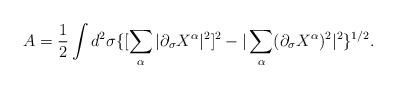
LaTeX: \begin{align*}A=\frac{1}{2}\int d^2\sigma \{[\sum_{\alpha}|\partial_{\sigma}X^{\alpha}|^2]^2-|\sum_{\alpha}(\partial_{\sigma}X^{\alpha})^2|^2\}^{1/2}.\end{align*}